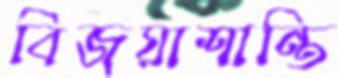
বিজয়াশান্তি